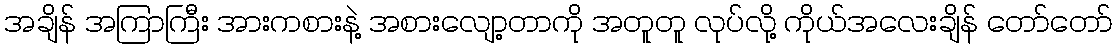
အချိန် အကြာကြီး အားကစားနဲ့ အစားလျော့တာကို အတူတူ လုပ်လို့ ကိုယ်အလေးချိန် တော်တော်